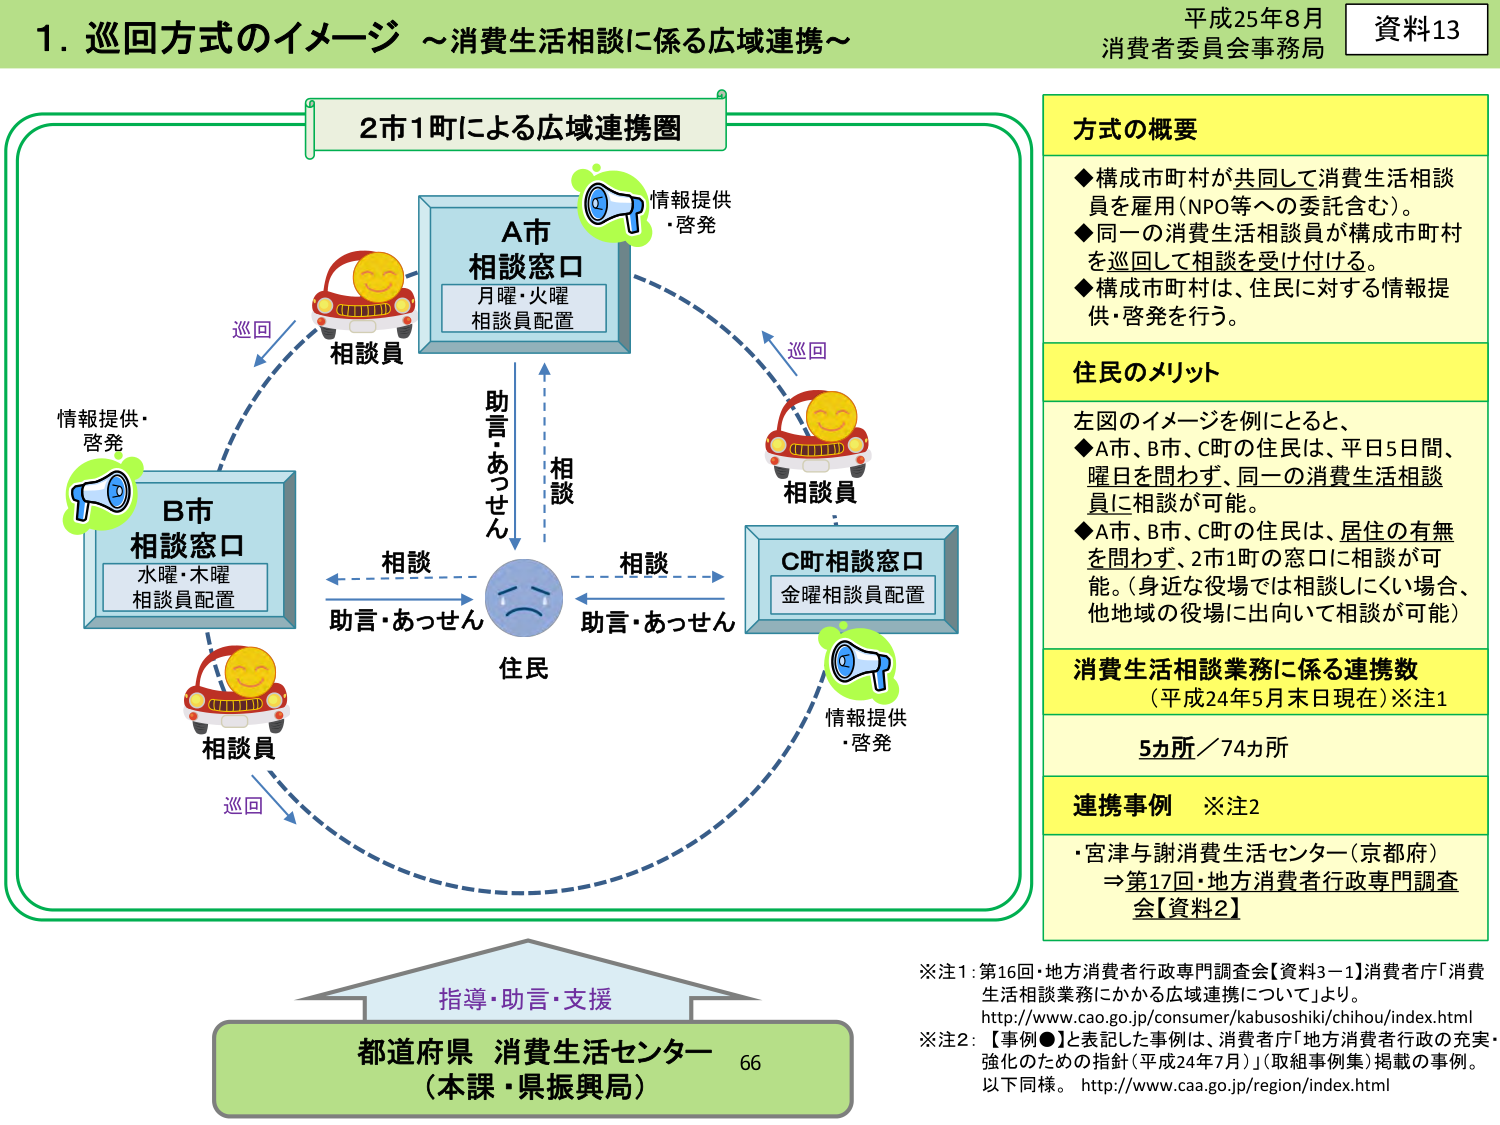
平成25年8月
消費者委員会事務局
資料13

1. 巡回方式のイメージ ～消費生活相談に係る広域連携～

2市1町による広域連携圏

A市
相談窓口
月曜・火曜
相談員配置

B市
相談窓口
水曜・木曜
相談員配置

C町相談窓口
金曜相談員配置

相談員
巡回
情報提供・啓発

相談員
巡回
情報提供・啓発

相談員
巡回
情報提供・啓発

住民
相談
助言・あっせん
相談
助言・あっせん
助言・あっせん

方式の概要
◆構成市町村が共同して消費生活相談員を雇用（NPO等への委託含む）。
◆同一の消費生活相談員が構成市町村を巡回して相談を受け付けする。
◆構成市町村は、住民に対する情報提供・啓発を行う。

住民のメリット
左図のイメージを例にとると、
◆A市、B市、C町の住民は、平日5日間、曜日を問わず、同一の消費生活相談員に相談が可能。
◆A市、B市、C町の住民は、居住の有無を問わず、2市1町の窓口に相談が可能。（身近な役場では相談しにくい場合、他地域の役場に出向いて相談が可能）

消費生活相談業務に係る連携数
（平成24年5月末日現在）※注1
5カ所／74カ所

連携事例 ※注2
・宮津与謝消費生活センター（京都府）
⇒第17回・地方消費者行政専門調査会【資料2】

指導・助言・支援
都道府県 消費生活センター 66
（本課・県振興局）

※注1：第16回・地方消費者行政専門調査会【資料3－1】消費者庁「消費生活相談業務にかかる広域連携について」より。
http://www.cao.go.jp/consumer/kabusoshiki/chihou/index.html
※注2：【事例●】と表記した事例は、消費者庁「地方消費者行政の充実・強化のための指針（平成24年7月）」（取組事例集）掲載の事例。以下同様。
http://www.caa.go.jp/region/index.html